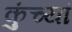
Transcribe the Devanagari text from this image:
कुंच्यां